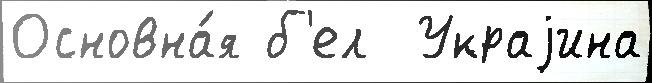
Основна́я б'ел  Украjина